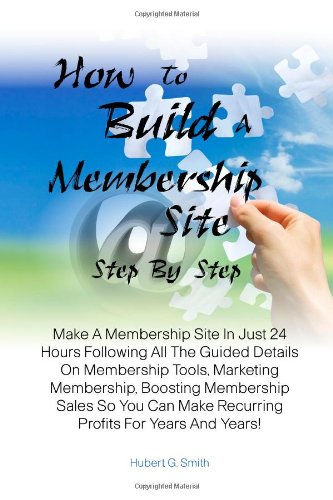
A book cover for How To Build A Membership Site Step By Step: Make A Membership Site In Just 24 Hours Following All The Guided Details On Membership Tools, Marketing ... Make Recurring Profits For Years And Years!; Hubert G. Smith; Computers & Technology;